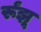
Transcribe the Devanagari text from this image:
र्रूंझू